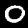
Label: 0